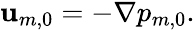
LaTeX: \begin{array}{r}{\mathbf{u}_{m,0}=-\nabla p_{m,0}.}\end{array}